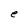
Character: e